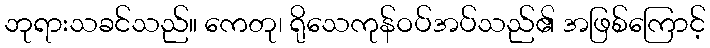
ဘုရားသခင်သည်။ ကေတု၊ ရိုသေကုန်ဝပ်အပ်သည်၏ အဖြစ်ကြောင့်